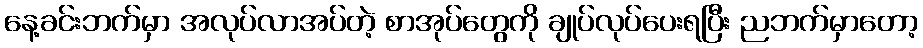
နေ့ခင်းဘက်မှာ အလုပ်လာအပ်တဲ့ စာအုပ်တွေကို ချုပ်လုပ်ပေးရပြီး ညဘက်မှာတော့